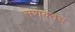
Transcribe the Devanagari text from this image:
सशक्तच